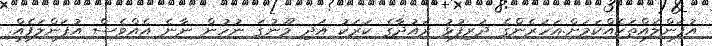
އުފަންލައްތަކެއްކަމަށް.އަހަރެންގެ ދަރިފުޅު ރައުދާގެ ކަރަކު އަދި މޫނުގަ ނުހުން ނާނެ އެއްވެސް އުފަންލަފެއް.